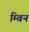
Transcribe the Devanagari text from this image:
म्विन